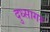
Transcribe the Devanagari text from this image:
दुध्सागर